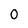
Character: O